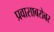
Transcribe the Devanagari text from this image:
प्रवासाबरोबर